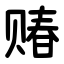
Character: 䞐